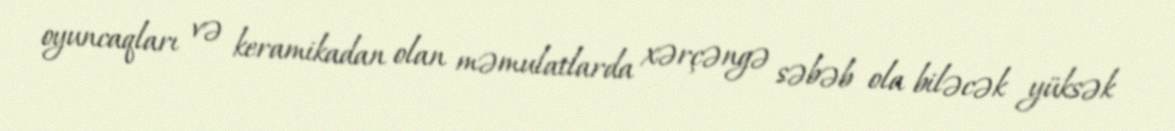
oyuncaqları və keramikadan olan məmulatlarda xərçəngə səbəb ola biləcək yüksək